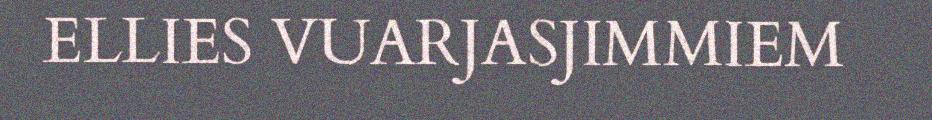
ELLIES VUARJASJIMMIEM